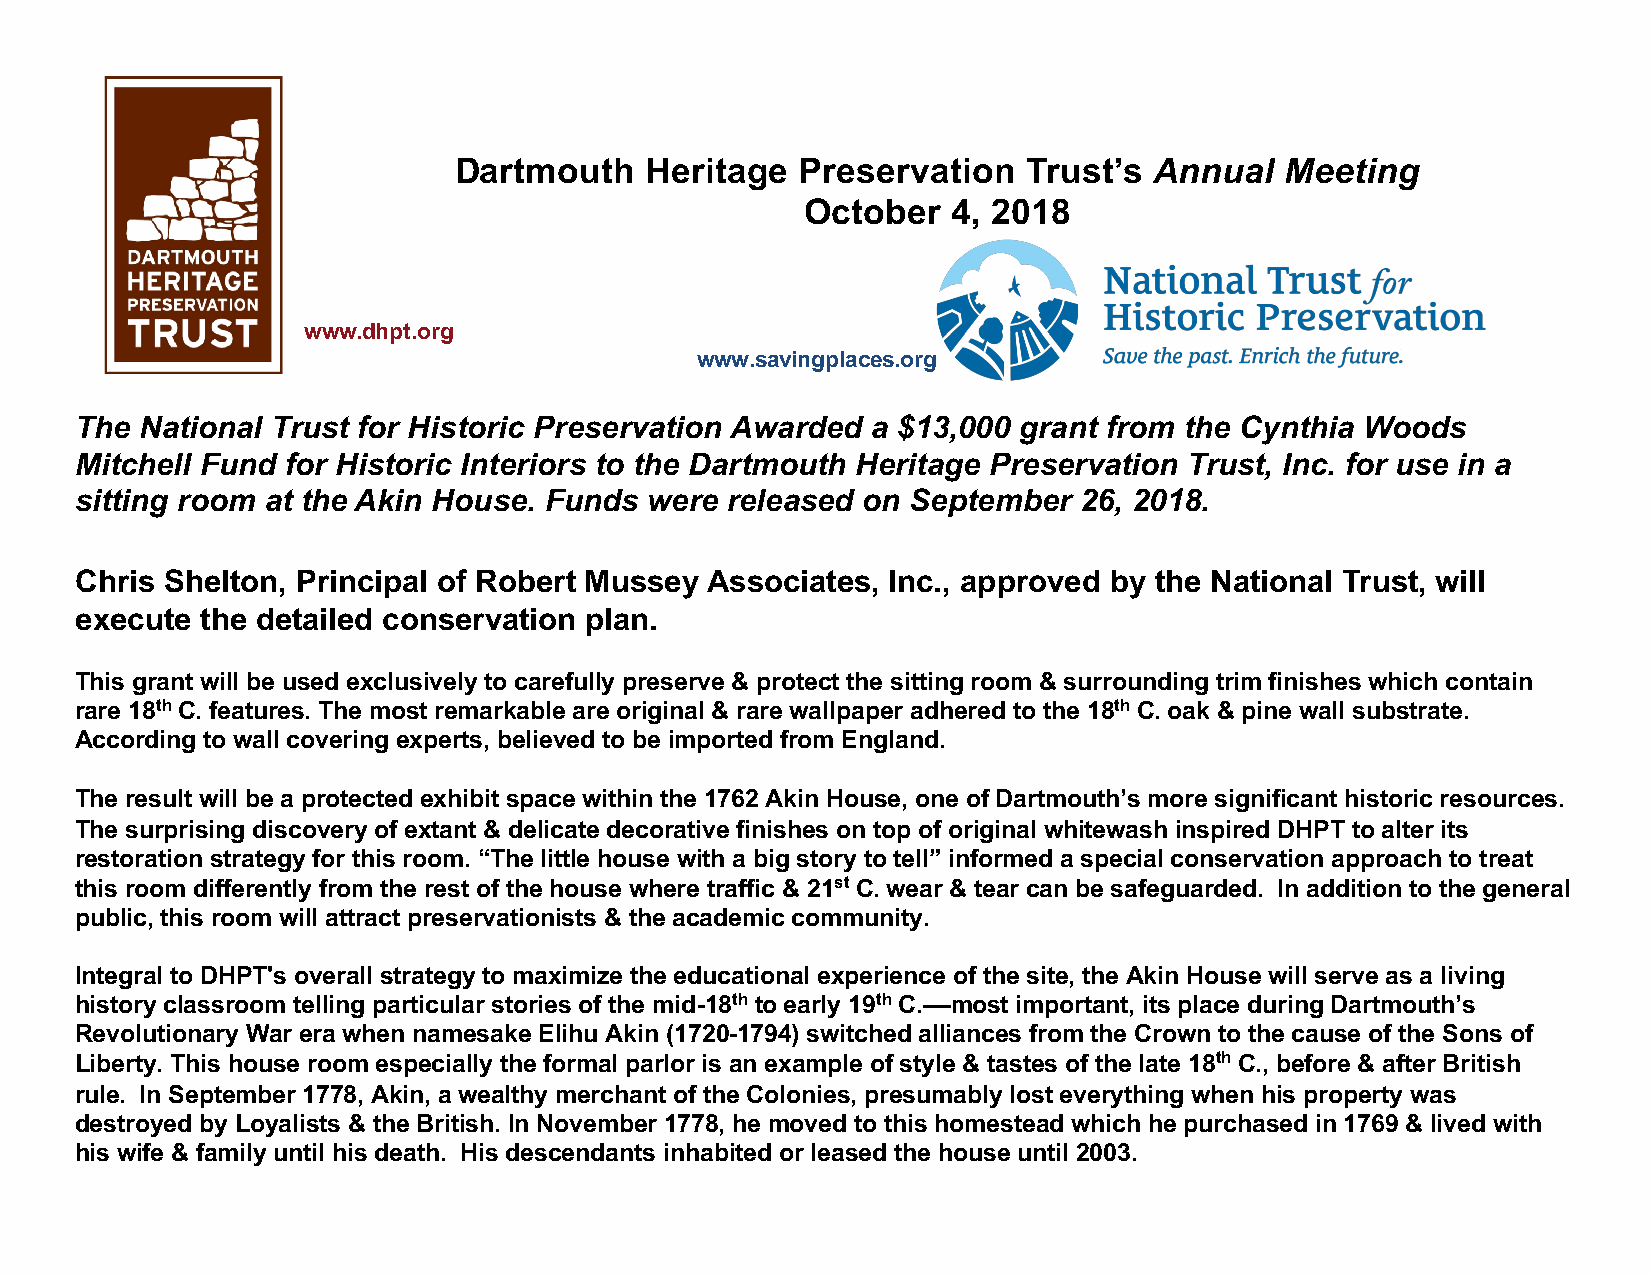
Dartmouth    Heritage  Preservation   Trust’s Annual   Meeting
 October   4, 2018
 www.dhpt.org
 www.savingplaces.org
 The National Trust for Historic Preservation Awarded a $13,000 grant from the Cynthia Woods
 Mitchell Fund for Historic Interiors to the Dartmouth Heritage Preservation Trust, Inc. for use in a
 sitting room at the Akin House. Funds were released on September  26, 2018.
 Chris Shelton, Principal of Robert Mussey Associates, Inc., approved by the National Trust, will
 execute the detailed conservation plan.
 This grant will be used exclusively to carefully preserve & protect the sitting room & surrounding trim finishes which contain
 rare 18th C. features. The most remarkable are original & rare wallpaper adhered to the 18th C. oak & pine wall substrate.
 According to wall covering experts, believed to be imported from England.
 The result will be a protected exhibit space within the 1762 Akin House, one of Dartmouth’s more significant historic resources.
 The surprising discovery of extant & delicate decorative finishes on top of original whitewash inspired DHPT to alter its
 restoration strategy for this room. “The little house with a big story to tell” informed a special conservation approach to treat
 this room differently from the rest of the house where traffic & 21st C. wear & tear can be safeguarded. In addition to the general
 public, this room will attract preservationists & the academic community.
 Integral to DHPT's overall strategy to maximize the educational experience of the site, the Akin House will serve as a living
 history classroom telling particular stories of the mid-18th to early 19th C.––most important, its place during Dartmouth’s
 Revolutionary War era when namesake Elihu Akin (1720-1794) switched alliances from the Crown to the cause of the Sons of
 Liberty. This house room especially the formal parlor is an example of style & tastes of the late 18th C., before & after British
 rule. In September 1778, Akin, a wealthy merchant of the Colonies, presumably lost everything when his property was
 destroyed by Loyalists & the British. In November 1778, he moved to this homestead which he purchased in 1769 & lived with
 his wife & family until his death. His descendants inhabited or leased the house until 2003.